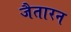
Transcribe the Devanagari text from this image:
जैतारन